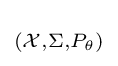
\scriptstyle ({\mathcal {X}},\Sigma ,P_{\theta })